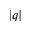
\left| q \right|